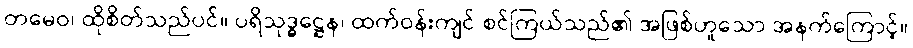
တမေဝ၊ ထိုစိတ်သည်ပင်။ ပရိသုဒ္ဓဋ္ဌေန၊ ထက်ဝန်းကျင် စင်ကြယ်သည်၏ အဖြစ်ဟူသော အနက်ကြောင့်။